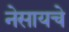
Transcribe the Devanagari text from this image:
नेसायचे